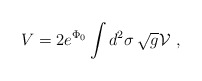
\begin{align*}V = 2 e^{\Phi_0}\int d^2 \sigma \,\sqrt{g} {\cal V}\ ,\end{align*}